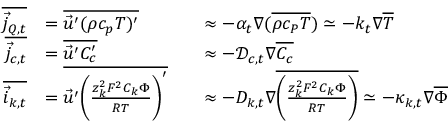
\begin{array} { r } { \begin{array} { r l r l } { \overline { { \vec { j } _ { Q , t } } } } & { = \overline { { \vec { u } ^ { \prime } ( \rho c _ { p } T ) ^ { \prime } } } } & & { \approx - \alpha _ { t } \nabla ( \overline { { \rho c _ { P } T } } ) \simeq - k _ { t } \nabla \overline { { T } } } \\ { \overline { { \vec { j } _ { c , t } } } } & { = \overline { { \vec { u } ^ { \prime } C _ { c } ^ { \prime } } } } & & { \approx - { \mathcal { D } _ { c , t } } \nabla \overline { { C _ { c } } } } \\ { \overline { { \vec { i } _ { k , t } } } } & { = \overline { { \vec { u } ^ { \prime } \biggl ( \frac { z _ { k } ^ { 2 } F ^ { 2 } C _ { k } \Phi } { R T } \biggr ) ^ { \prime } } } } & & { \approx - D _ { k , t } \nabla \overline { { \biggl ( \frac { z _ { k } ^ { 2 } F ^ { 2 } C _ { k } \Phi } { R T } \biggr ) } } \simeq - \kappa _ { k , t } \nabla \overline { { \Phi } } } \end{array} } \end{array}